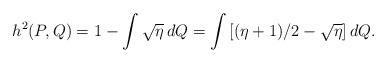
LaTeX: \begin{align*}h^2(P,Q)=1-\int\sqrt{\eta}\,dQ=\int\left[(\eta+1)/2-\sqrt{\eta}\right]dQ.\end{align*}